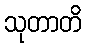
သုတာတိ